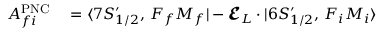
\begin{array} { r l } { A _ { f i } ^ { \mathrm { P N C } } } & { { } = \ensuremath { \langle 7 S _ { 1 / 2 } ^ { \prime } , \, F _ { f } M _ { f } | } - \mathbfcal { E } _ { L } \cdot { \v { D } } \ensuremath { | 6 S _ { 1 / 2 } ^ { \prime } , \, F _ { i } M _ { i } \rangle } } \end{array}